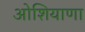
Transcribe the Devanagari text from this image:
ओशियाणा